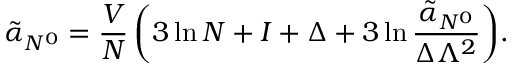
\tilde { \alpha } _ { N ^ { 0 } } = { \frac { V } { N } } \, \biggl ( 3 \ln N + I + \Delta + 3 \ln { \frac { \tilde { \alpha } _ { N ^ { 0 } } } { \Delta \Lambda ^ { 2 } } } \biggr ) .